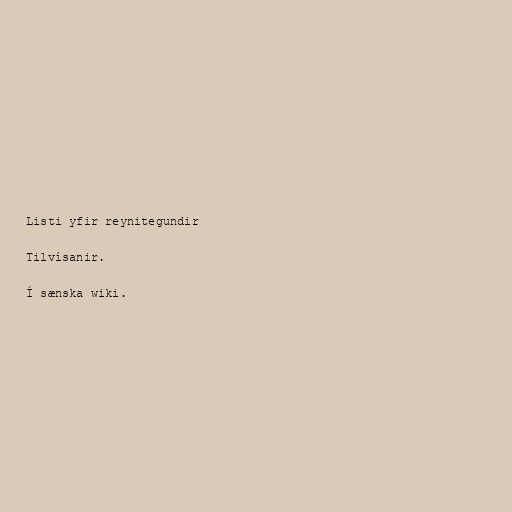
Listi yfir reynitegundir

Tilvísanir.

Í sænska wiki.